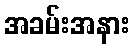
အခမ်းအနား